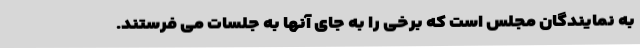
به نمایندگان مجلس است که برخی را به جای آنها به جلسات می فرستند.